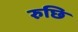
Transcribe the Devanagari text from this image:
रुछि